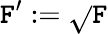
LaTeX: \mathtt{F}^{\prime}:={\sqrt{}{{\mathtt{F}}}}